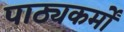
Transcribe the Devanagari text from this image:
पाठ्यकर्मों